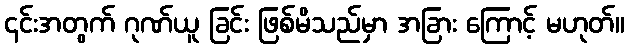
၎င်းအတွက် ဂုဏ်ယူ ခြင်း ဖြစ်မိသည်မှာ အခြား ကြောင့် မဟုတ်။